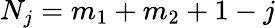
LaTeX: N_{j}=m_{1}+m_{2}+1-j